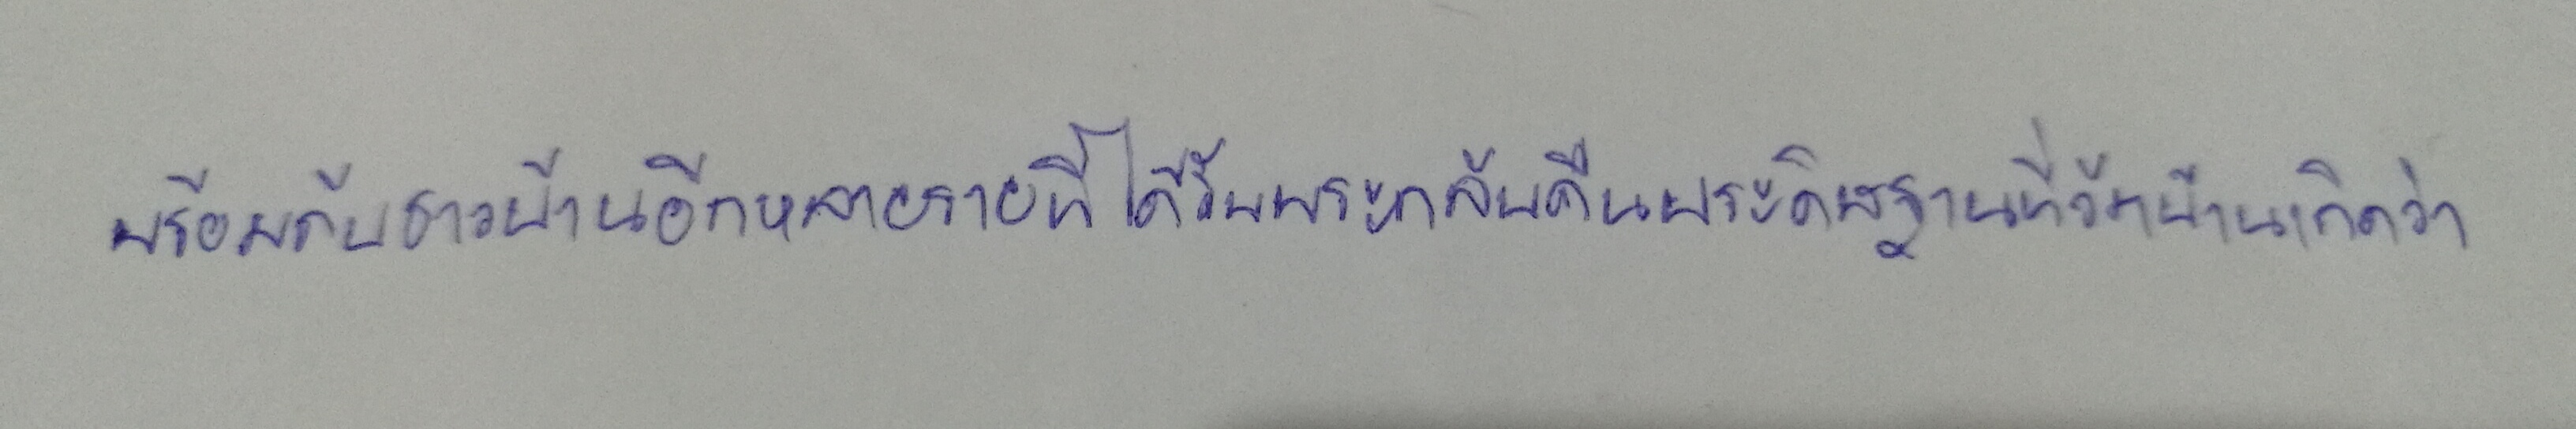
พร้อมกับชาวบ้านอีกหลายรายที่ได้รับพระกลับคืนประดิษฐานที่วัดบ้านเกิดว่า